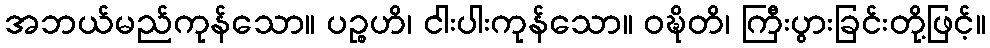
အဘယ်မည်ကုန်သော။ ပဉ္စဟိ၊ ငါးပါးကုန်သော။ ဝဍ္ဎိတိ၊ ကြီးပွားခြင်းတို့ဖြင့်။